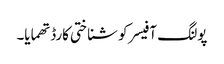
پولنگ آفیسر کو شناختی کارڈ تھمایا۔